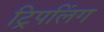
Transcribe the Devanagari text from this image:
ट्रिपलिंग